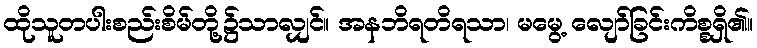
ထိုသူတပါးစည်းစိမ်တို့၌သာလျှင်။ အနဘိရတိရသာ၊ မမွေ့ လျော်ခြင်းကိစ္စရှိ၏။